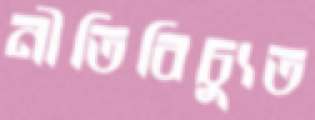
নীতিবিচ্যুত